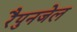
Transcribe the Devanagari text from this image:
रैपुनजेल